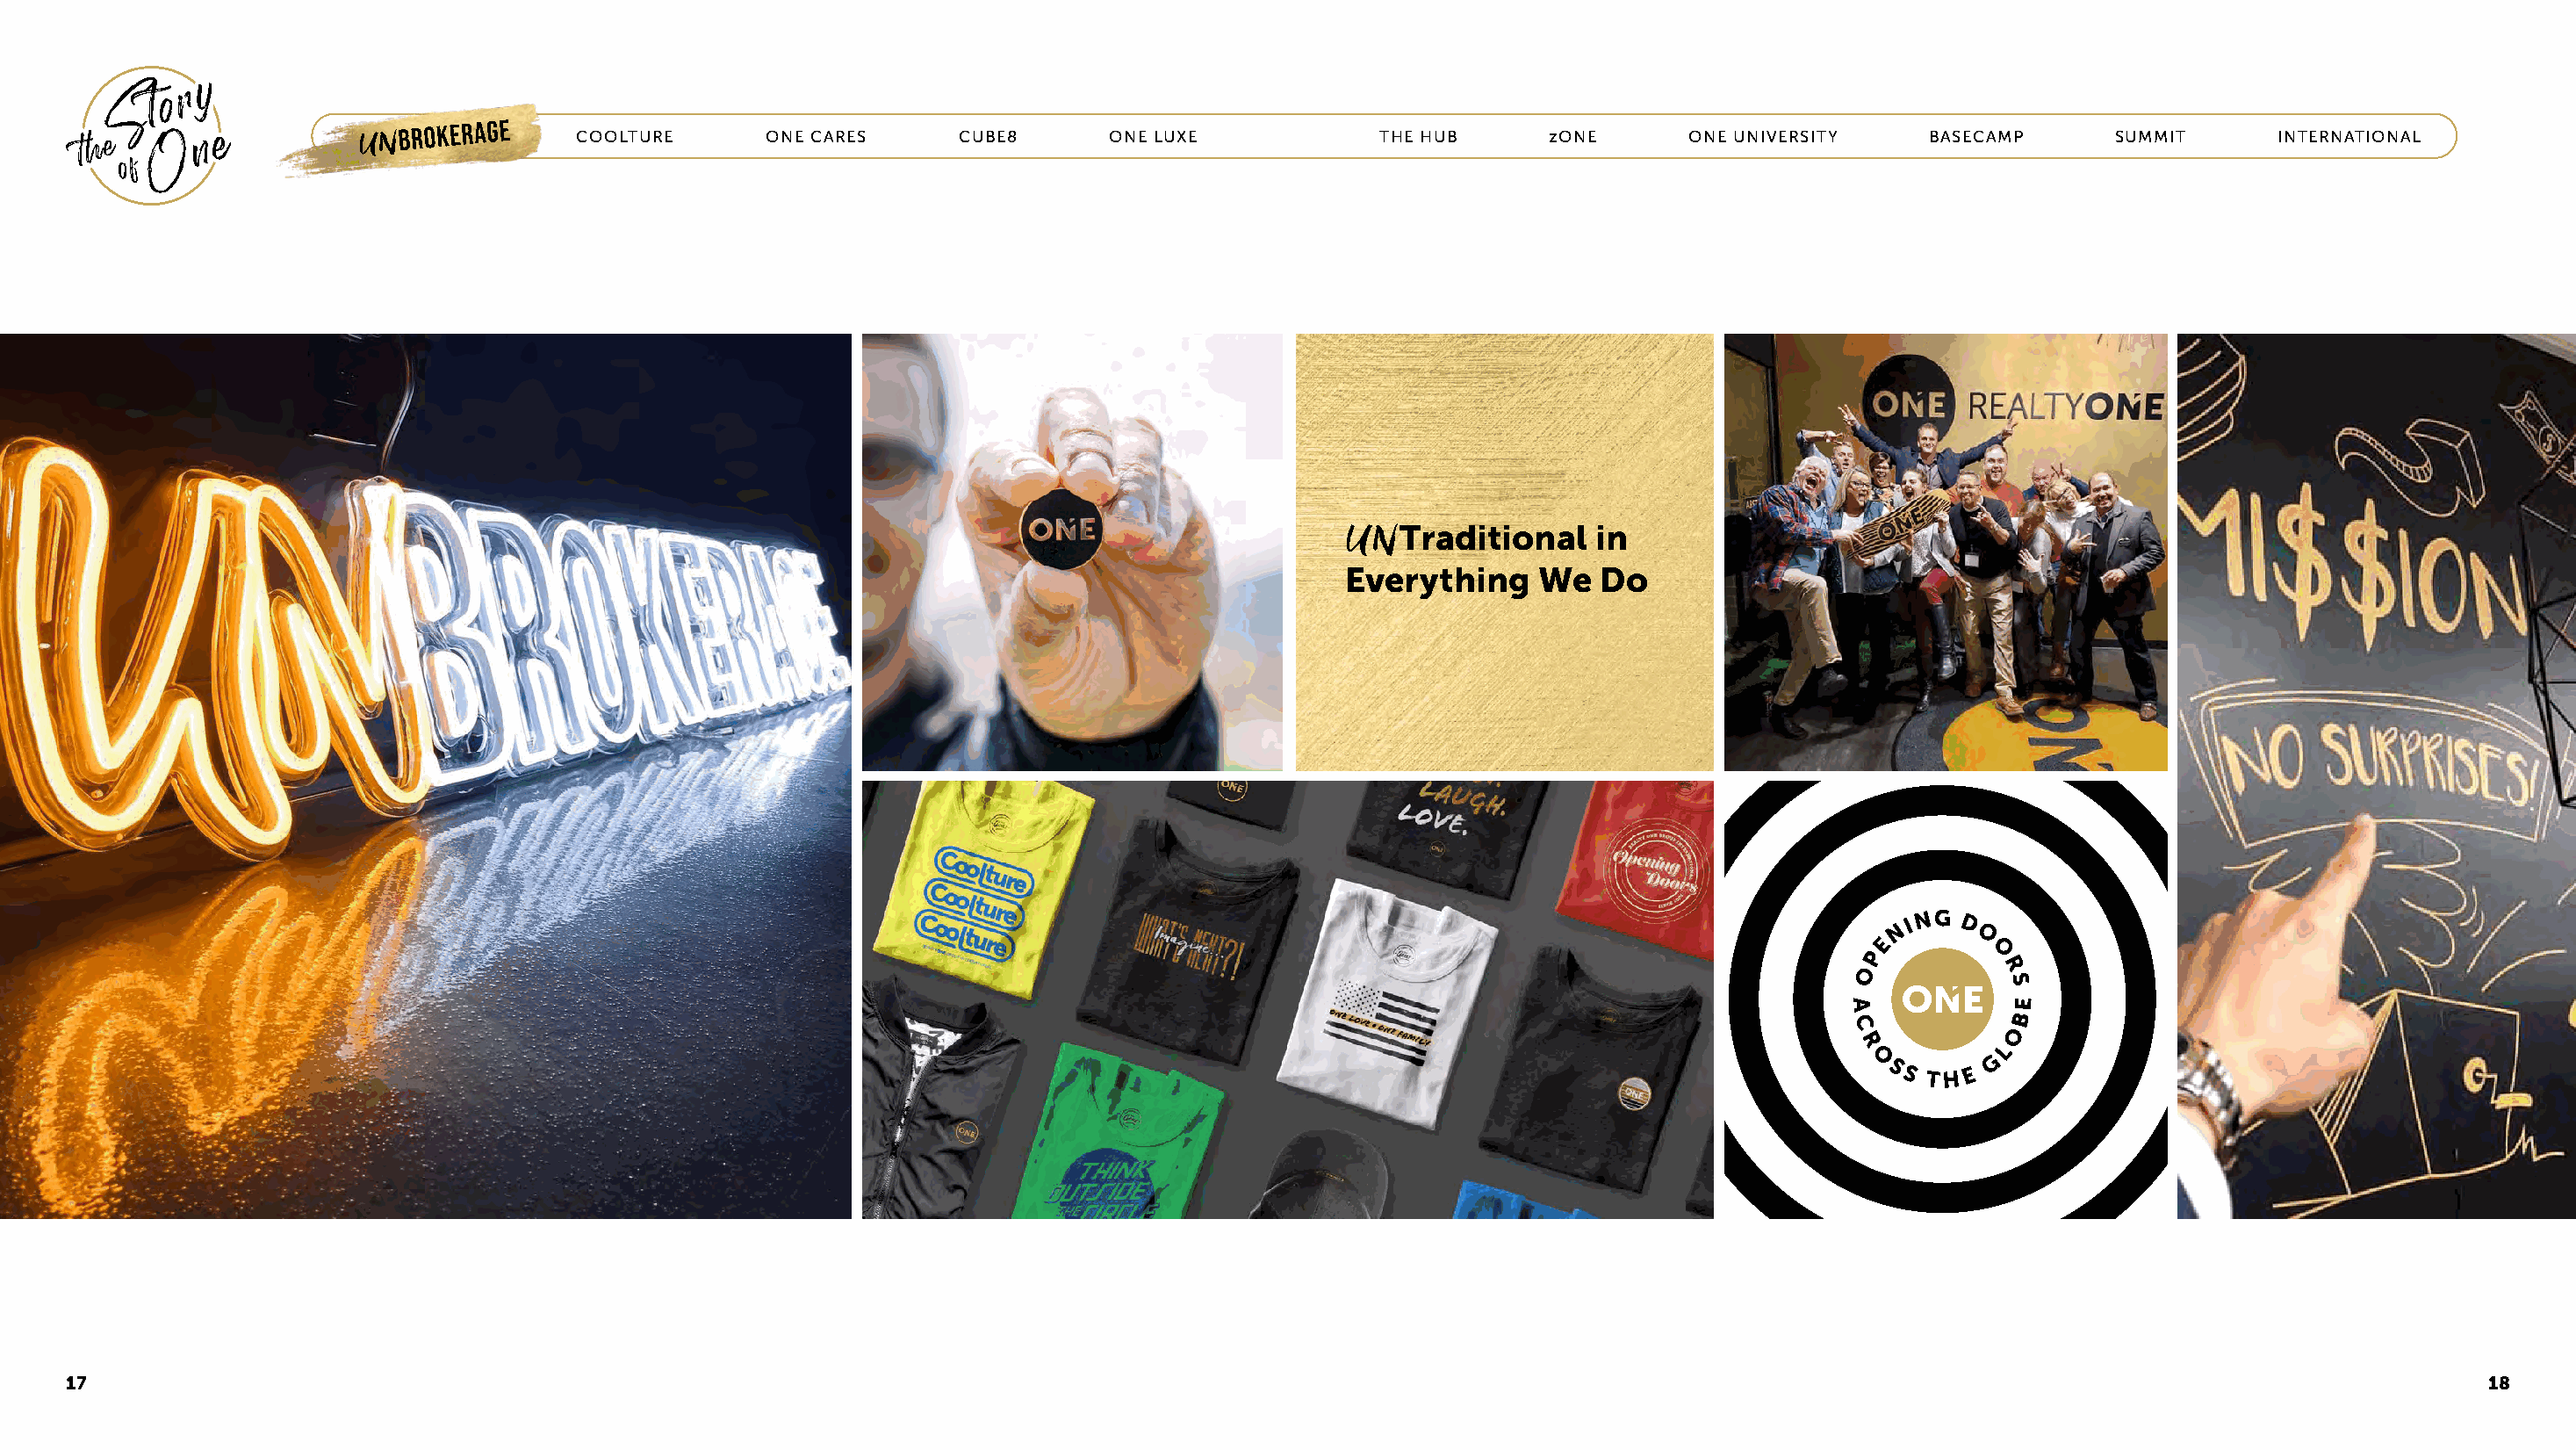
UNBROKERAGE      COOLTURE       ONE CARES     CUBE8       ONE LUXE            THE HUB      zONE      ONE UNIVERSITY    BASECAMP       SUMMIT      INTERNATIONAL
 Traditional   in
 UN
 Everything     We   Do
 17                                                                                                                                                                                     18